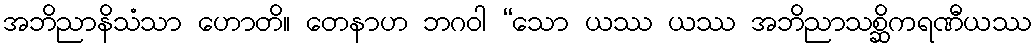
အဘိညာနိသံသာ ဟောတိ။ တေနာဟ ဘဂဝါ “သော ယဿ ယဿ အဘိညာသစ္ဆိကရဏီယဿ